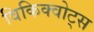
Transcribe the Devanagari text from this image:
विकिक्वोट्स